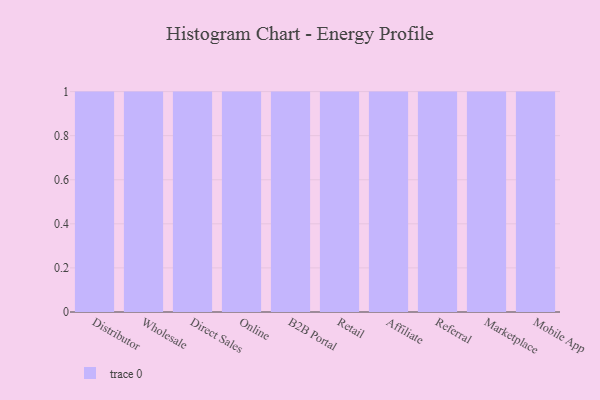
{"axis": {"x": "Channel", "y": "Inventory Turnover"}, "legend": [""], "data": [{"x": "Distributor", "y": 97, "type": ""}, {"x": "Wholesale", "y": 40, "type": ""}, {"x": "Direct Sales", "y": 87, "type": ""}, {"x": "Online", "y": 26, "type": ""}, {"x": "B2B Portal", "y": 26, "type": ""}, {"x": "Retail", "y": 17, "type": ""}, {"x": "Affiliate", "y": 56, "type": ""}, {"x": "Referral", "y": 16, "type": ""}, {"x": "Marketplace", "y": 55, "type": ""}, {"x": "Mobile App", "y": 46, "type": ""}]}